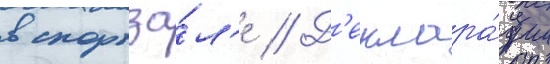
в спортза́л'е // Д'еклара́ции